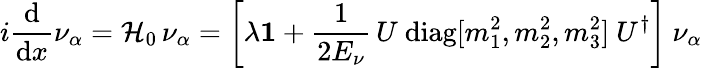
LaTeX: i{\frac{\mathrm{d}}{\mathrm{d}x}}\nu_{\alpha}={\cal H}_{0}\, \nu_{\alpha}=\left[\lambda{\mathbf{1}}+{\frac{1}{2E_{\nu}}}\, U~\mathrm{diag}[m_{1}^{2},m_{2}^{2},m_{3}^{2}]~U^{\dagger}\right]~\nu_{\alpha}